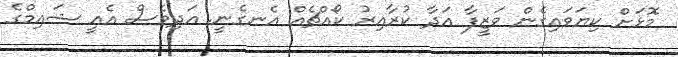
މޮޅަށް ކިޔަވައިގެން ވަޒީފާ އަދާ ކުރާއިރު ކޯއްޗެއް އެނގެނީ. އަދިވެސް އެއީ ޝައިމްގެ